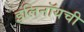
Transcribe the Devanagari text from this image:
इलिनॉयची